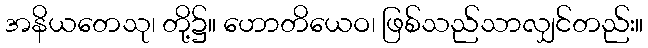
အနိယတေသု၊ တို့၌။ ဟောတိယေဝ၊ ဖြစ်သည်သာလျှင်တည်း။